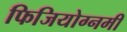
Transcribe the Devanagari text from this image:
फिजियोग्नमी